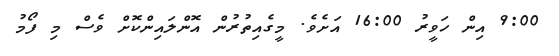
9:00 އިން ހަވީރު 16:00 އަށެވެ. މީގެއިތުރުން އޮންލައިންކޮށް ވެސް މި ފޯމު